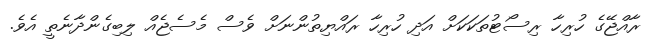
ރާއްޖޭގެ ހުރިހާ ރިސޯޓުތަކަކަށް އަދި ހުރިހާ ރައްޔިތުންނަށް ވެސް މެސެޖެއް ލިބިގެންދާނެތީ އެވެ.